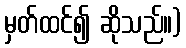
မှတ်ထင်၍ ဆိုသည်။)